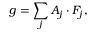
g = \sum _ { j } A _ { j } \cdot F _ { j } ,